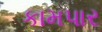
કામપાર